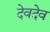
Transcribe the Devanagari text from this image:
देवदेव